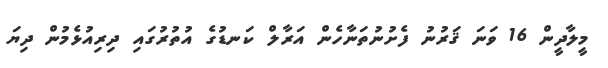
މީލާދީން 16 ވަނަ ޤަރުނު ފެށުނުތަނާހެން އަރާލް ކަނޑުގެ އުތުރުގައި ދިރިއުޅެމުން ދިޔަ